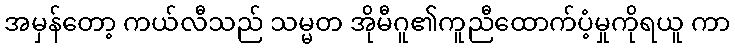
အမှန်တော့ ကယ်လီသည် သမ္မတ အိုမီဂူ၏ကူညီထောက်ပံ့မှုကိုရယူ ကာ